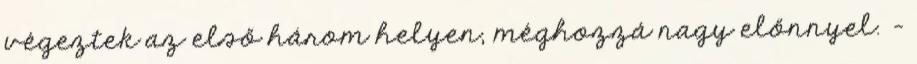
végeztek az első három helyen, méghozzá nagy előnnyel. –